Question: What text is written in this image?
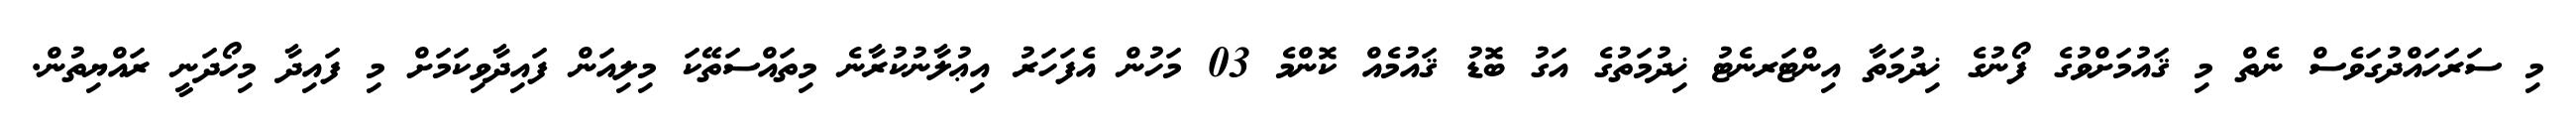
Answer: މި ސަރަހައްދުގަވެސް ނެތް މި ޤައުމަށްވުގެ ފޯނުގެ ޚިދުމަތާ އިންޓަރނެޓު ޚިދުމަތުގެ އަގު ބޮޑު ޤައުމެއް ކޮންމެ 03 މަހުން އެފަހަރު އިޢުލާނުކުރާނެ މިތައްސަތޭކަ މިލިއަން ފައިދާވިކަމަށް މި ފައިދާ މިހޯދަނީ ރައްޔިތުން.